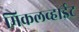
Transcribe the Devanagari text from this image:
मिकलव्हाईट